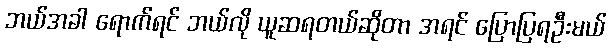
ဘယ်အခါ ရောက်ရင် ဘယ်လို ယူဆရတယ်ဆိုတာ အရင် ပြောပြရဦးမယ်